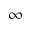
\infty